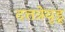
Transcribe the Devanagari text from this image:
दत्तत्रेयुडू